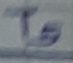
Text: T5